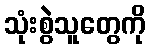
သုံးစွဲသူတွေကို